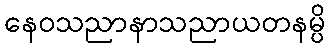
နေဝသညာနာသညာယတနမ္ပိ